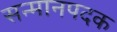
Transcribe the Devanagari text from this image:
सन्मानपदक